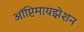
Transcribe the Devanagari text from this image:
ऑप्टिमायझेशन